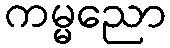
ကမ္မညော